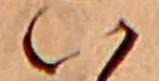
い